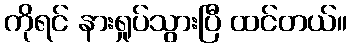
ကိုရင် နားရှုပ်သွားပြီ ထင်တယ်။